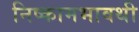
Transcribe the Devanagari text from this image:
निष्कामभावथी